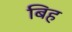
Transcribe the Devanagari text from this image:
बिह